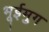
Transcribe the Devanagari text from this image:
भूईमुग